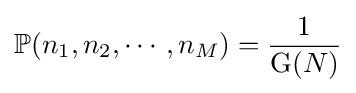
\mathbb {P} (n_{1},n_{2},\cdots ,n_{M})={\frac {1}{{\text{G}}(N)}}